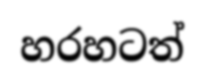
හරහටත්